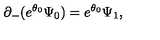
\partial _ { - } ( e ^ { \theta _ { 0 } } \Psi _ { 0 } ) = e ^ { \theta _ { 0 } } \Psi _ { 1 } ,